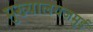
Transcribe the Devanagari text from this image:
मुख्यालयजमुई